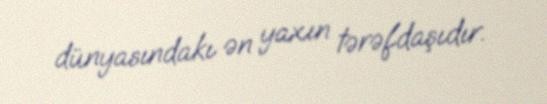
dünyasındakı ən yaxın tərəfdaşıdır.